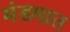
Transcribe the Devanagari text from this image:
मंडमात